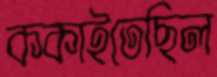
ককাইতেছিল